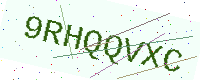
Text: 9RHQQVXC